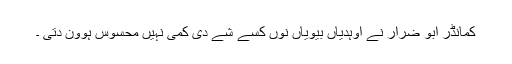
کمانڈر ابو ضرار نے اوہدیاں بیویاں نوں کسے شے دی کمی نہیں محسوس ہوون دتی ۔